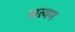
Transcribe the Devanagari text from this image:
सत्यम